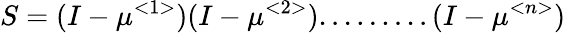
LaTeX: S=(I-\mu^{<1>})(I-\mu^{<2>}).........(I-\mu^{<n>})